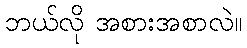
ဘယ်လို အစားအစာလဲ။